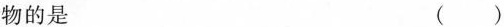
物的是 ( )